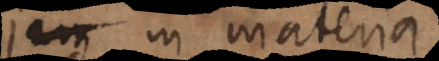
jam in materia